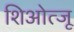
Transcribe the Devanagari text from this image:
शिओत्जू